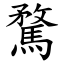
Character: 騖